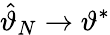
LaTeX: {\hat{\vartheta}}_{N}\rightarrow\vartheta^{*}